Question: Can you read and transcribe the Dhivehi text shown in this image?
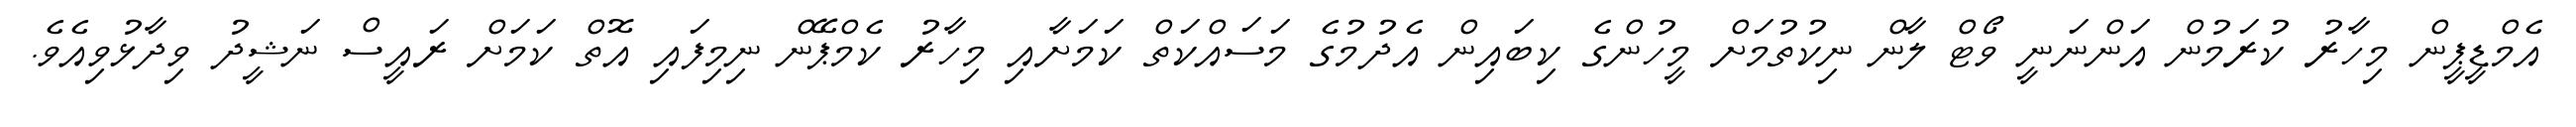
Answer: އެމްޑީޕީން މިހާރު ކުރަމުން އަންނަނީ ވޯޓް ލާން ނިކުތުމަށް މީހުންގެ ކިބައިން އެދުމުގެ މަސައްކަތް ކަމަށާއި މިހާރު ކެމްޕޭން ނިމިފައި އޮތް ކަމަށް ރައީސް ނަޝީދު ވިދާޅުވިއެވެ.